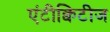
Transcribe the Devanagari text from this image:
एंटीक्विटीज